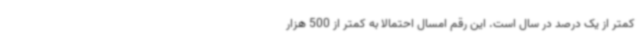
کمتر از یک درصد در سال است. این رقم امسال احتمالا به کمتر از 500 هزار